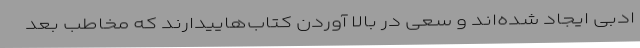
ادبی ایجاد شده‌اند و سعی در بالا آوردن کتاب‌هاییدارند که مخاطب بعد